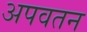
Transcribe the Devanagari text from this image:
अपवतन